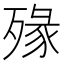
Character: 𣨶